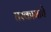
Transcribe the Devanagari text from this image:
घरकामाचे